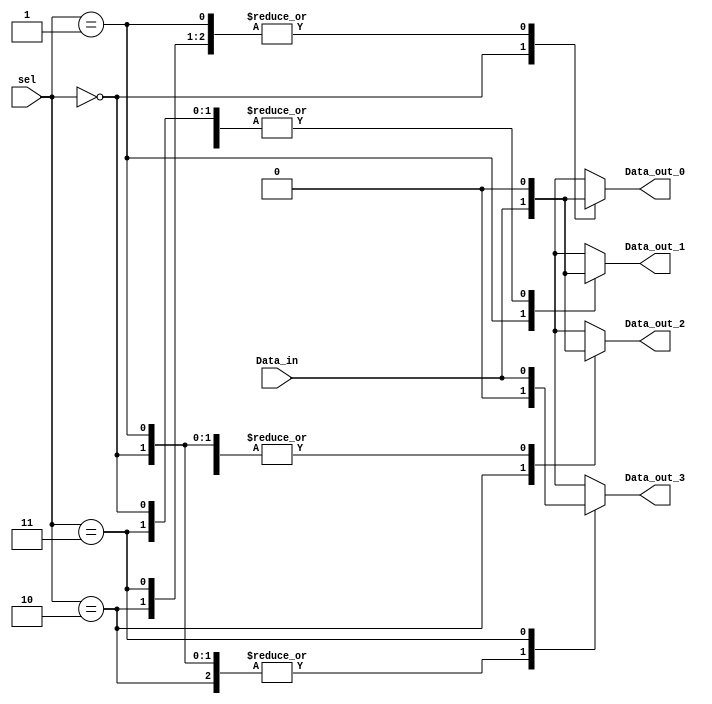
module demux1to4(
     Data_in,
     sel,
    Data_out_0,
    Data_out_1,
    Data_out_2,
    Data_out_3
    );

    input Data_in;
    input [1:0] sel;

    output Data_out_0;
    output Data_out_1;
    output Data_out_2;
    output Data_out_3;

    reg Data_out_0;
    reg Data_out_1;
    reg Data_out_2;
    reg Data_out_3;

    always @(Data_in or sel)
    begin
        case (sel)
            2'b00 : begin
                        Data_out_0 = Data_in;
                        Data_out_1 = 0;
                        Data_out_2 = 0;
                        Data_out_3 = 0;
                      end
            2'b01 : begin
                        Data_out_0 = 0;
                        Data_out_1 = Data_in;
                        Data_out_2 = 0;
                        Data_out_3 = 0;
                      end
            2'b10 : begin
                        Data_out_0 = 0;
                        Data_out_1 = 0;
                        Data_out_2 = Data_in;
                        Data_out_3 = 0;
                      end
            2'b11 : begin
                        Data_out_0 = 0;
                        Data_out_1 = 0;
                        Data_out_2 = 0;
                        Data_out_3 = Data_in;
                      end
        endcase
    end

endmodule
//...........................................................................
module mux4to1(Y, A, B, C, D, sel);
     output   Y;
     input    A, B, C, D;
     input[1:0]     sel;
     reg     Y;
     always @(A or B or C or D or sel) 
       case ( sel )
         2'b00:   Y = A;
         2'b01:   Y = B;
         2'b10:   Y = C;
         2'b11:   Y = D;
         default: Y = 1'bx;
       endcase
endmodule
//............................................................................
module mem_small
(
	input data_a,
	input [9:0] addr_a,
	// input we_a, clk,
    input we_a,
	output reg q_a
);
	
	reg [1023:0] ram;
	
	
	always @ (*)
	begin
		if (we_a) 
		begin
			ram[addr_a] <= data_a;
			q_a <= data_a;
		end
		else 
		begin
			q_a <= ram[addr_a];
		end
	end
	
	
endmodule
//...........................................................................
module mem_large
(
        input data_a,
        input [19:0] addr_a,
        // input we_a, clk,
        input we_a,
        output reg q_a
);

        reg [1048575:0] ram;


        always @ (*)
        begin
                if (we_a)
                begin
                        ram[addr_a] <= data_a;
                        q_a <= data_a;
                end
                else
                begin
                        q_a <= ram[addr_a];
                end
        end


endmodule
//............................................................................
//............................................................................
//.............................................................................

module mem_sys(
// input clk,
input we_x,
input we_w,
input data_in,
output data_out_x,
output data_out_w,
input[9:0] address_x,
input[19:0] address_w,
input[1:0] sel_x,
input[1:0] sel_w
);


wire we_x1;
wire we_x2;
wire we_x3;
wire we_x4;

wire we_w1;
wire we_w2;
wire we_w3;
wire we_w4;

wire data_in_x1;
wire data_in_x2;
wire data_in_x3;
wire data_in_x4;

wire data_in_w1;
wire data_in_w2;
wire data_in_w3;
wire data_in_w4;

wire data_out_x1;
wire data_out_x2;
wire data_out_x3;
wire data_out_x4;

wire data_out_w1;
wire data_out_w2;
wire data_out_w3;
wire data_out_w4;

mem_small mem_x1(
    .data_a(data_in_x1),
    .addr_a(address_x),
    // .clk(clk),
    .we_a(we_x1),
    .q_a(data_out_x1)
);

mem_small mem_x2(
    .data_a(data_in_x2),
    .addr_a(address_x),
    // .clk(clk),
    .we_a(we_x2),
    .q_a(data_out_x2)
);

mem_small mem_x3(
    .data_a(data_in_x3),
    .addr_a(address_x),
    // .clk(clk),
    .we_a(we_x3),
    .q_a(data_out_x3)
);

mem_small mem_x4(
    .data_a(data_in_x4),
    .addr_a(address_x),
    // .clk(clk),
    .we_a(we_x4),
    .q_a(data_out_x4)
);

mem_large mem_w1(
    .data_a(data_in_w1),
    .addr_a(address_w),
    // .clk(clk),
    .we_a(we_w1),
    .q_a(data_out_w1)
);

mem_large mem_w2(
    .data_a(data_in_w2),
    .addr_a(address_w),
    // .clk(clk),
    .we_a(we_w2),
    .q_a(data_out_w2)
);

mem_large mem_w3(
    .data_a(data_in_w3),
    .addr_a(address_w),
    // .clk(clk),
    .we_a(we_w3),
    .q_a(data_out_w3)
);

mem_large mem_w4(
    .data_a(data_in_w4),
    .addr_a(address_w),
    // .clk(clk),
    .we_a(we_w4),
    .q_a(data_out_w4)
);


demux1to4 we_for_x(
    .Data_in(we_x),
    .sel(sel_x),
    .Data_out_0(we_x1),
    .Data_out_1(we_x2),
    .Data_out_2(we_x3),
    .Data_out_3(we_x4)
);

demux1to4 we_for_w(
    .Data_in(we_w),
    .sel(sel_w),
    .Data_out_0(we_w1),
    .Data_out_1(we_w2),
    .Data_out_2(we_w3),
    .Data_out_3(we_w4)
);

demux1to4 data_in_for_x(
    .Data_in(data_in),
    .sel(sel_x),
    .Data_out_0(data_in_x1),
    .Data_out_1(data_in_x2),
    .Data_out_2(data_in_x3),
    .Data_out_3(data_in_x4)
);

demux1to4 data_in_for_w(
    .Data_in(data_in),
    .sel(sel_w),
    .Data_out_0(data_in_w1),
    .Data_out_1(data_in_w2),
    .Data_out_2(data_in_w3),
    .Data_out_3(data_in_w4)
);

mux4to1 data_out_for_x(
    .Y(data_out_x),
    .sel(sel_x),
    .A(data_out_x1),
    .B(data_out_x2),
    .C(data_out_x3),
    .D(data_out_x4)

);

mux4to1 data_out_for_w(
    .Y(data_out_w),
    .sel(sel_w),
    .A(data_out_w1),
    .B(data_out_w2),
    .C(data_out_w3),
    .D(data_out_w4)

);



endmodule